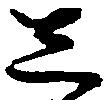
し